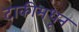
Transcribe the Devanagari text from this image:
टाकीमधून